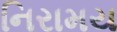
નિરામય